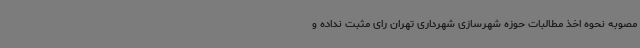
مصوبه نحوه اخذ مطالبات حوزه شهرسازی شهرداری تهران رای مثبت نداده و